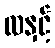
လနှင့်